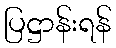
ပြဋ္ဌာန်းရန်